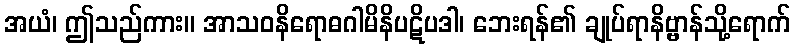
အယံ၊ ဤသည်ကား။ အာသဝနိရောဓဂါမိနိပဋိပဒါ၊ ဘေးရန်၏ ချုပ်ရာနိဗ္ဗာန်သို့ရောက်